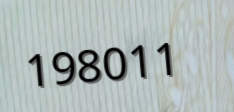
198011